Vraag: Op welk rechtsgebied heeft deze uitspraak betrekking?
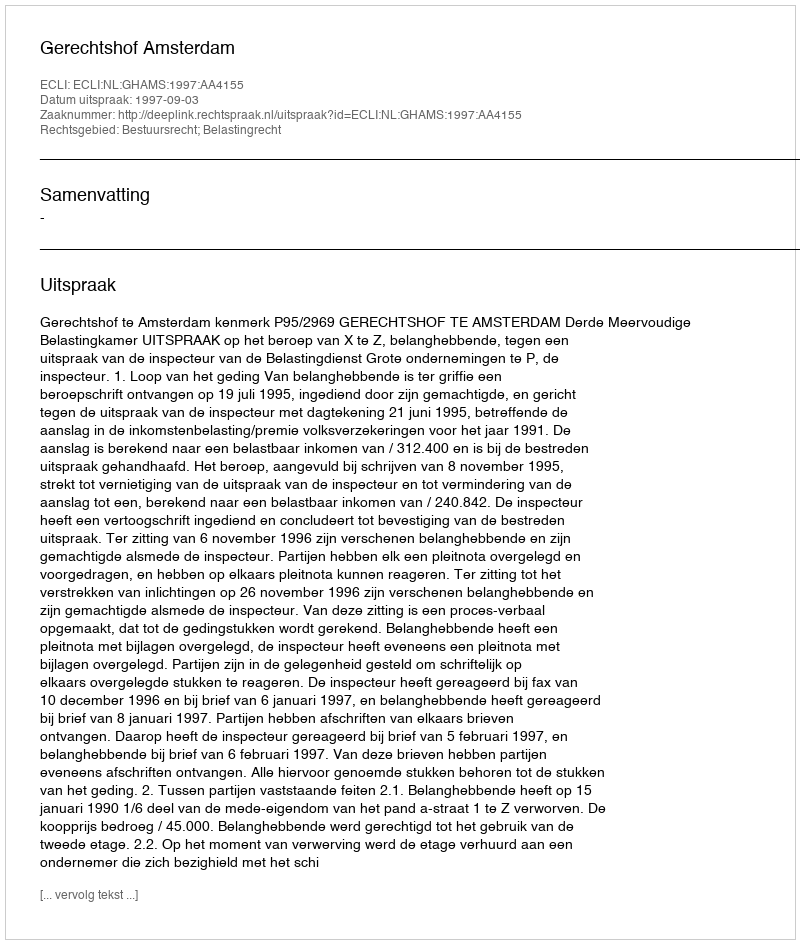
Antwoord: Bestuursrecht; Belastingrecht